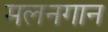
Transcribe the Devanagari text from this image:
मलनगान